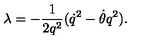
\lambda = - \frac { 1 } { 2 q ^ { 2 } } ( { \dot { q } } ^ { 2 } - \dot { \theta } q ^ { 2 } ) .